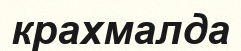
крахмалда